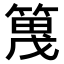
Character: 𫂔